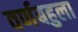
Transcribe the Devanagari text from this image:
वर्णबहुला